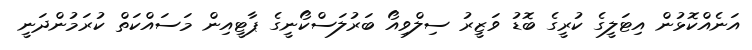
އަނެއްކޮޅުން އިޓަލީގެ ކުރީގެ ބޮޑު ވަޒީރު ސިލްވިއޯ ބަރުލަސްކޯނީގެ ޕާޓީއިން މަސައްކަތް ކުރަމުންދަނީ